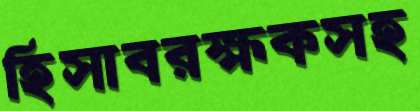
হিসাবরক্ষকসহ